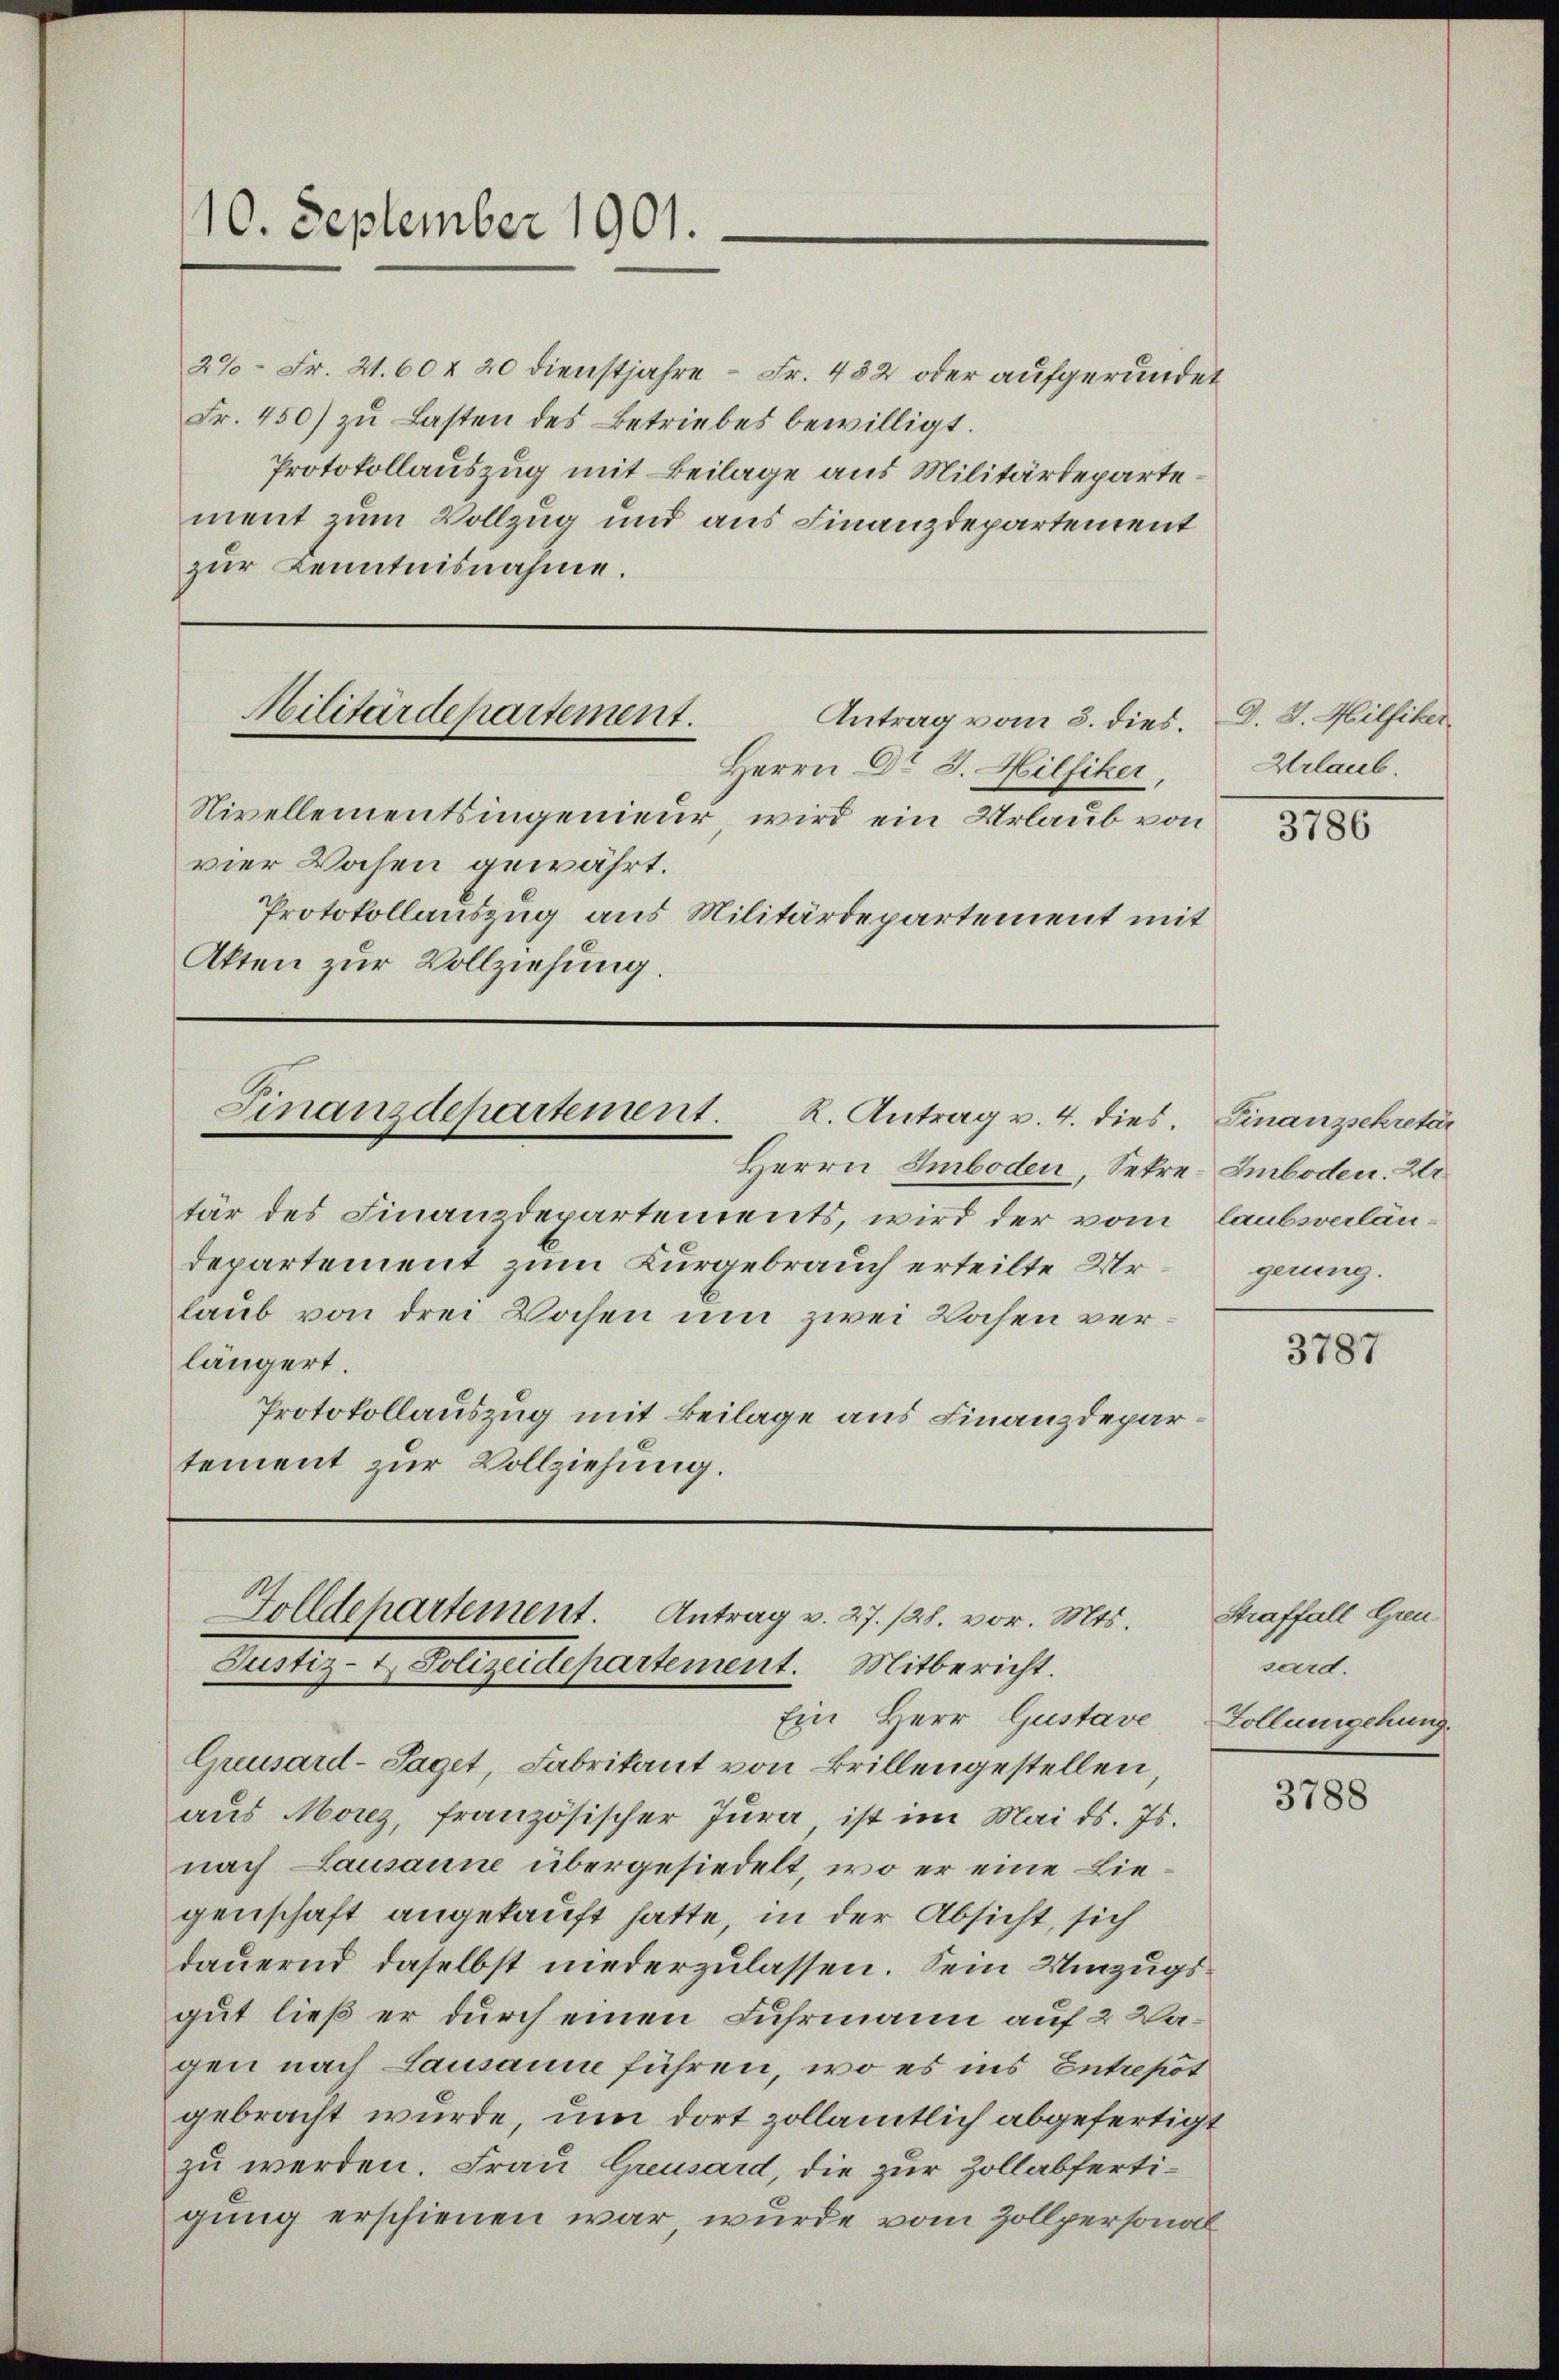
2%- Fr. 21. 60 f 20 dienstjahre - Fr. 482 oder aufgeründet
Fr. 450) zu Lasten des Betriebes bewilligt.
Protokollauszug mit Beilage aus Militärdepartement zum Vollzug und aus Finanzdepartement
zur Kenntnisnahme.

110. September 1901.

Nivellementsingenieur, wird ein Urlaub von
vier Wasen gewährt.
Protokollauszug aus Militärdepartement mit
Akten zur Vollziehung.

Militärdepartement.
Antrag vom 3. dies.
Herrn Dr. J. Hilfiker,

Finanzdepartement. R. Antrag v. 4. dies. Finanzsekretär

Herrn Emboden, Sekre-Emboden. 2
tär des Finanzdepartements, wird der vom Laubsverlän¬
Departement zum Kurgebrauch erteilte Urlaub von drei Wochen um zwei Wochen verlängert.
Protokollauszug mit Beilage aus Finanzdepar
tement zur Vollziehung.

Golldehartement. Antrag v. 27. 128. vor. Mts.
Justiz- & Polizeidepartement. Mitbericht.

Ein Herr Gustave Zollumgehung.
Greusard-Saget, Fabrikant von Brillengestellen,
aus Morez, französischer Jura ist im Mai d. Js.
nach Lausanne übergesiedelt, wo er eine Liegenschaft angekauft hatte, in der Absicht, sich
dauernd daselbst niederzulassen. Sein Umzugsgut ließ er durch einen Fuhrmann auf 2 Wagen nach Lausann führen, wo es ins Entrepot
gebracht wurde, um dort zollamtlich abgefertigt
zu werden. Frau Greusard, die zur Zollabfertigung erschienen war, wurde vom Zollpersonal

D. 2. Hilfiker
Urlaub

3786

gerung.

3787

Straffall Grensard.

3788